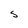
Character: S